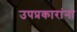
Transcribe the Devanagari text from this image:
उपप्रकारांना